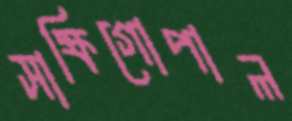
সাক্ষিগোপাল